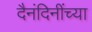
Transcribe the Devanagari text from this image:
दैनंदिनींच्या